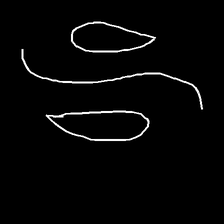
Glyph: water